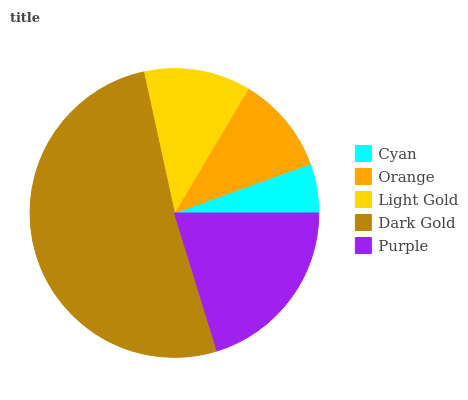
| Cyan | Orange | Light Gold | Dark Gold | Purple |
 | --- | --- | --- | --- | --- |
 | 5.5% | 11% | 11.9% | 51.4% | 20.2% |